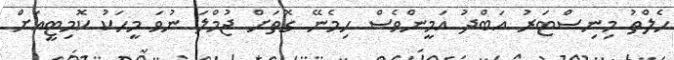
ހެލްތު މިނިސްޓަރު އަބްދު އަމީންވެސް ހިމެނޭ ގޮތަށް ޖުމްލަ ނުވަ މީހަކު ކޮމިޓީއަށް